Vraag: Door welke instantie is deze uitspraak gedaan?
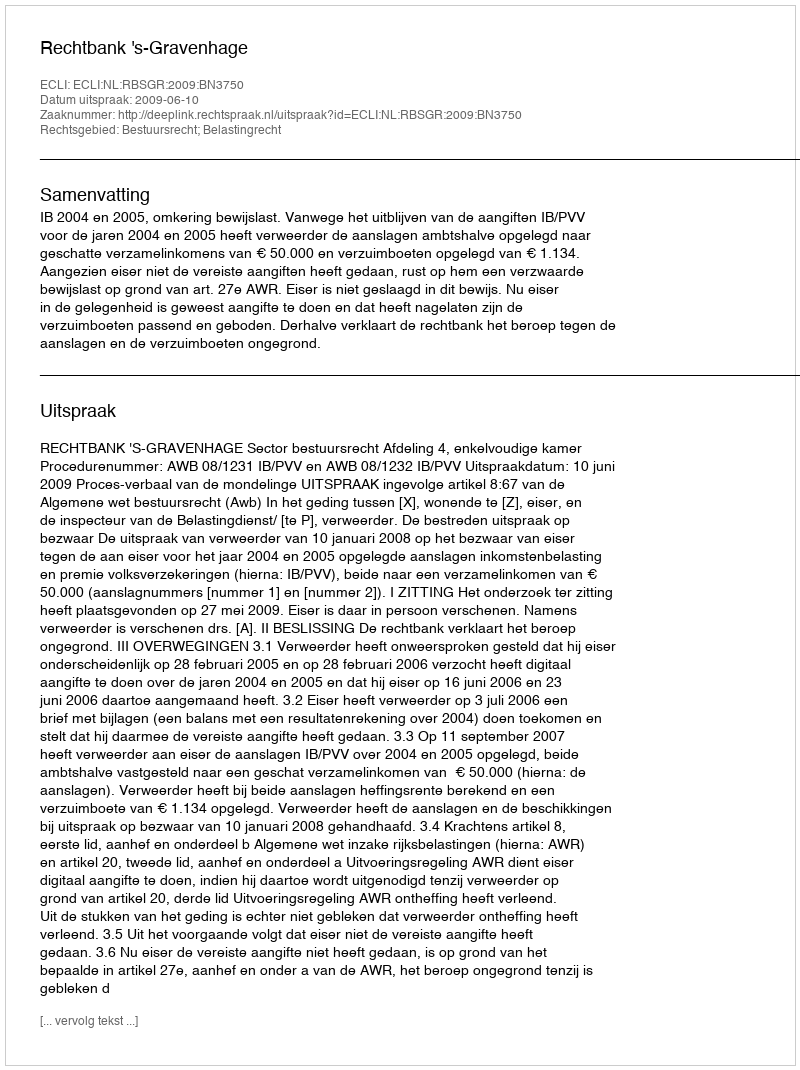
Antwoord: Rechtbank 's-Gravenhage